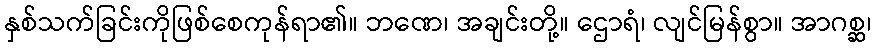
နှစ်သက်ခြင်းကိုဖြစ်စေကုန်ရာ၏။ ဘဏေ၊ အချင်းတို့။ ဌောရံ၊ လျင်မြန်စွာ။ အာဂစ္ဆ၊